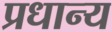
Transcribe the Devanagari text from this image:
प्रधान्य